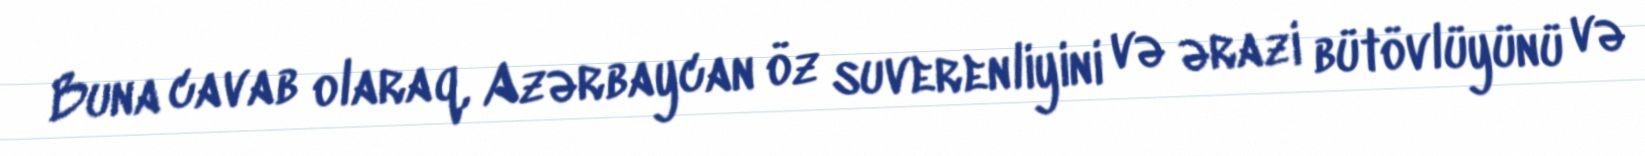
Buna cavab olaraq, Azərbaycan öz suverenliyini və ərazi bütövlüyünü və